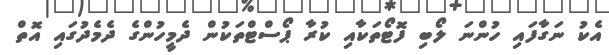
އެކު ނަގާފައި ހުންނަ ލޯބި ފޮޓޯތަކާއި ކުރާ ޕޯސްޓްތަކުން ދެމީހުންގެ ދެމެދުގައި އޮތް